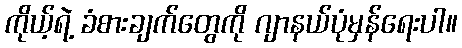
ကိုယ့်ရဲ့ ခံစားချက်တွေကို ဂျာနယ်ပုံမှန်ရေးပါ။